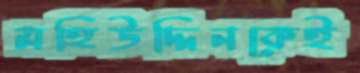
মহিউদ্দিনকেই